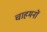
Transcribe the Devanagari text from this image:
चाहमनों